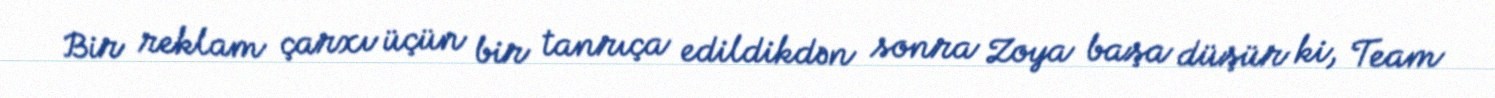
Bir reklam çarxı üçün bir tanrıça edildikdən sonra Zoya başa düşür ki, Team